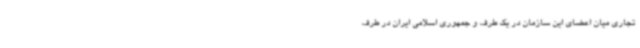
تجاری میان اعضای این سازمان در یک طرف و جمهوری اسلامی ایران در طرف